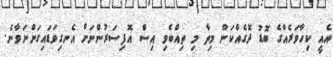
އެއީ ކިހާވަރެއްގެ ބޮޑު ދޮގެއްކަން މިތާ މި ތިއްބެވި އިސް އޮފިސަރުންނަށް އެނގިވަޑައިގަންނަވާނެ.